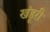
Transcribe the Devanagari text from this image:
खंडूरी